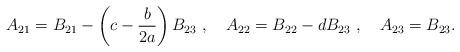
LaTeX: \begin{align*} A_{21} = B_{21} -\left(c-\frac{b}{2a}\right) B_{23} \ , \ \ \ A_{22} = B_{22} - dB_{23} \ , \ \ \ A_{23} = B_{23}.\end{align*}